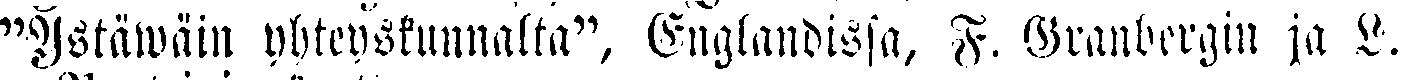
"Ystäwäin yhteyskunnalta", Englandissa, F. Granbergin ja L.